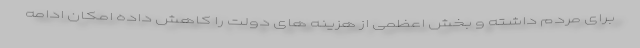
برای مردم داشته و بخش اعظمی از هزینه های دولت را کاهش داده امکان ادامه